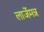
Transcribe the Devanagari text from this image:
लार्जेमन्न